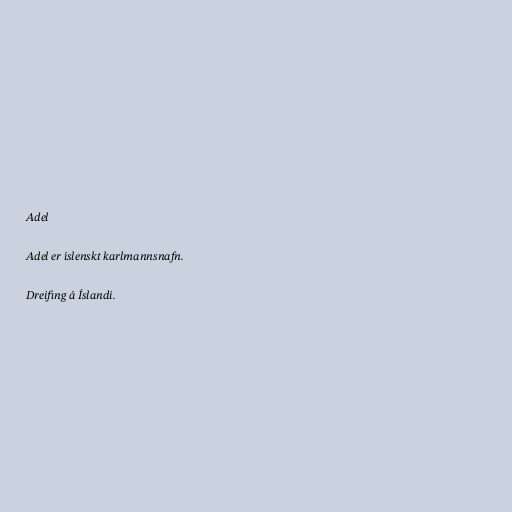
Adel

Adel er íslenskt karlmannsnafn.

Dreifing á Íslandi.